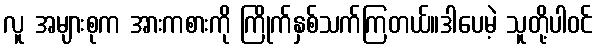
လူ အများစုက အားကစားကို ကြိုက်နှစ်သက်ကြတယ်။ဒါပေမဲ့ သူတို့ပါဝင်